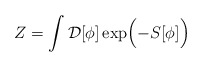
\begin{align*}Z=\int{\cal D}[\phi] \exp\Bigl(-S[\phi]\Bigr)\end{align*}